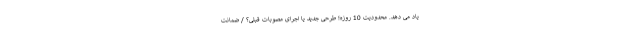
یاد می دهد. محدودیت 10 روزه؛ طرحی جدید یا اجرای مصوبات قبلی؟ / ضمانتِ